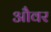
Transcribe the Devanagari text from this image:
औवर